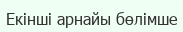
Екінші арнайы бөлімше